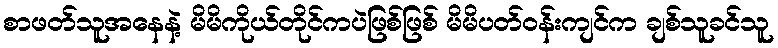
စာဖတ်သူအနေနဲ့ မိမိကိုယ်တိုင်ကပဲဖြစ်ဖြစ် မိမိပတ်ဝန်းကျင်က ချစ်သူခင်သူ